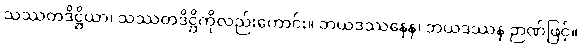
သဿတဒိဋ္ဌိယာ၊ သဿတဒိဋ္ဌိကိုလည်းကောင်း။ ဘယဒဿနေန၊ ဘယဒဿန ဉာဏ်ဖြင့်။